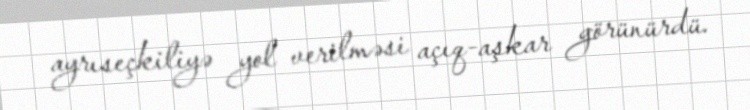
ayrıseçkiliyə yol verilməsi açıq-aşkar görünürdü.